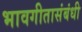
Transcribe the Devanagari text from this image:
भावगीतासंबंधी